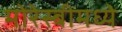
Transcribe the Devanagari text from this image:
मोरेस्बीमध्ये